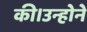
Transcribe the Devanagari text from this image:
की।उन्होने